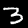
Digit: 3